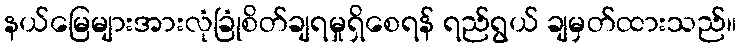
နယ်မြေများအားလုံခြုံစိတ်ချရမှုရှိစေရန် ရည်ရွယ် ချမှတ်ထားသည်။